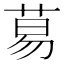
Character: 䓪